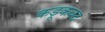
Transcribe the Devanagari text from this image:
कडूकवठ